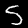
Label: 5